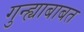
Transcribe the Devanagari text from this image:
गुन्ह्याबाबत